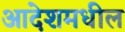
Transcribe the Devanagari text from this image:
आदेशमधील